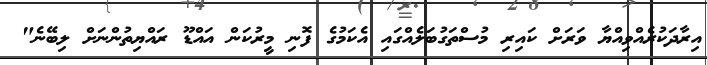
އިރާދަކުރެއްވިއްޔާ ވަރަށް ކައިރި މުސްތަގުބަލެއްގައި އެކަމުގެ ފޮނި މީރުކަން އައްޑޫ ރައްޔިތުންނަށް ލިބޭނެ"